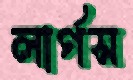
লার্গস